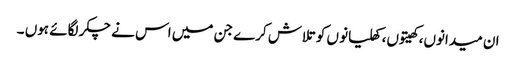
ان میدانوں، کھیتوں، کھلیانو ں کو تلاش کرے جن میں اس نے چکر لگائے ہوں ۔